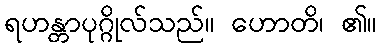
ရဟန္တာပုဂ္ဂိုလ်သည်။ ဟောတိ၊ ၏။